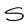
Character: S